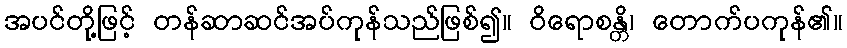
အပင်တို့ဖြင့် တန်ဆာဆင်အပ်ကုန်သည်ဖြစ်၍။ ဝိရောစန္တိ၊ တောက်ပကုန်၏။